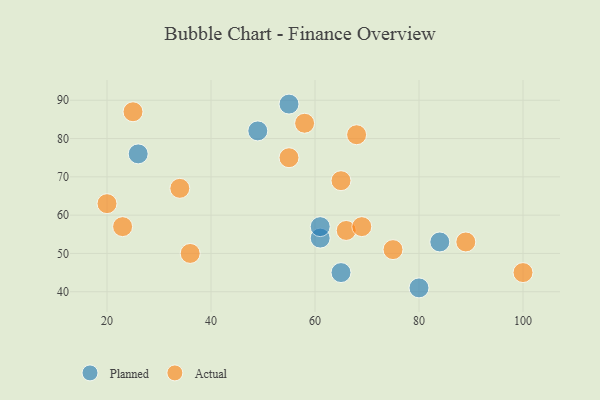
{"axis": {"x": "GDP", "y": "Life Expectancy"}, "legend": ["Actual", "Planned"], "data": [{"x": "80", "y": 41, "type": "Planned"}, {"x": "65", "y": 45, "type": "Planned"}, {"x": "84", "y": 53, "type": "Planned"}, {"x": "61", "y": 54, "type": "Planned"}, {"x": "49", "y": 82, "type": "Planned"}, {"x": "61", "y": 57, "type": "Planned"}, {"x": "55", "y": 89, "type": "Planned"}, {"x": "26", "y": 76, "type": "Planned"}, {"x": "23", "y": 57, "type": "Actual"}, {"x": "34", "y": 67, "type": "Actual"}, {"x": "66", "y": 56, "type": "Actual"}, {"x": "68", "y": 81, "type": "Actual"}, {"x": "75", "y": 51, "type": "Actual"}, {"x": "36", "y": 50, "type": "Actual"}, {"x": "20", "y": 63, "type": "Actual"}, {"x": "25", "y": 87, "type": "Actual"}, {"x": "100", "y": 45, "type": "Actual"}, {"x": "58", "y": 84, "type": "Actual"}, {"x": "65", "y": 69, "type": "Actual"}, {"x": "69", "y": 57, "type": "Actual"}, {"x": "89", "y": 53, "type": "Actual"}, {"x": "55", "y": 75, "type": "Actual"}]}